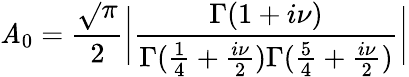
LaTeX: \mathit{A}_{0}={\frac{{\sqrt{}{\pi}}}{{2}}}\bigg|\frac{{\Gamma(1+i\nu)}}{{\Gamma({\frac{{1}}{{4}}}+{\frac{{i\nu}}{{2}}})\Gamma({\frac{{5}}{{4}}}+{\frac{{i\nu}}{{2}}})}}\bigg|